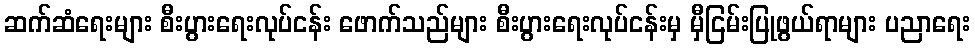
ဆက်ဆံရေးများ စီးပွားရေးလုပ်ငန်း ဖောက်သည်များ စီးပွားရေးလုပ်ငန်းမှ မှီငြမ်းပြုဖွယ်ရာများ ပညာရေး